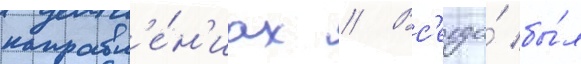
направл'е́н'иах // Вс'егда́ бы́л